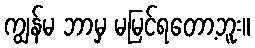
ကျွန်မ ဘာမှ မမြင်ရတော့ဘူး။